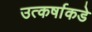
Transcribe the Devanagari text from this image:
उत्कर्षाकडे